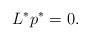
LaTeX: \begin{align*}L^*p^*=0.\end{align*}